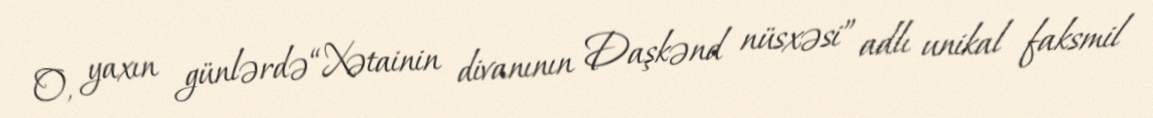
O, yaxın günlərdə “Xətainin divanının Daşkənd nüsxəsi” adlı unikal faksmil